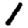
Digit: 1